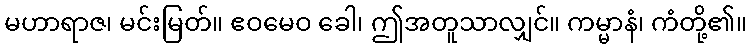
မဟာရာဇ၊ မင်းမြတ်။ ဧဝမေဝ ခေါ၊ ဤအတူသာလျှင်။ ကမ္မာနံ၊ ကံတို့၏။